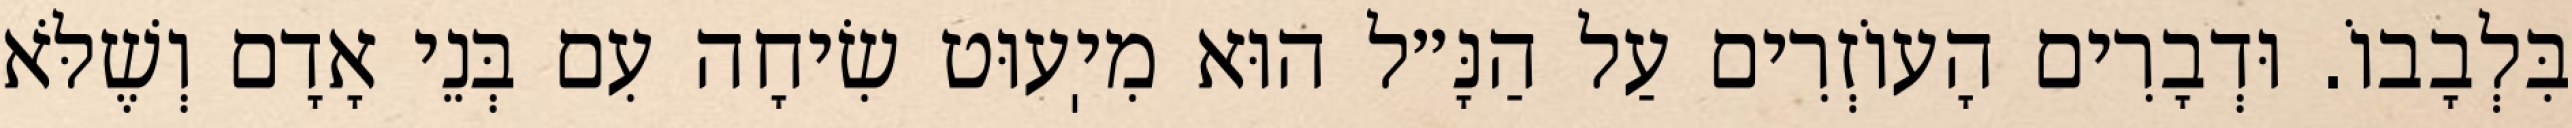
בִּלְבָבוֹ. וּדְבָרִים הָעוֹזְרִים עַל הַנָּ״ל הוּא מִיֽעוּט שִׂיחָה עִם בְּנֵי אָדָם וְשֶׁלֹּא